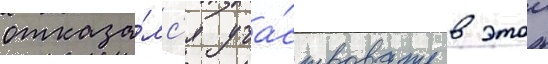
отказа́лс'я уча́ствовать в этои